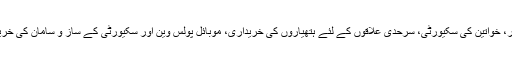
انہوں نے کہا کہ یہ رقم ہتھیار، خواتین کی سکیورٹی، سرحدی علاقوں کے لئے ہتھیاروں کی خریداری، موبائل پولس وین اور سکیورٹی کے ساز و سامان کی خریداری پر خرچ کی جائے گی۔